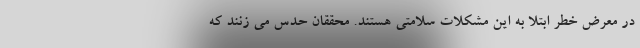
در معرض خطر ابتلا به این مشکلات سلامتی هستند. محققان حدس می زنند که